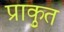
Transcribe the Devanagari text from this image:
प्राकृुत